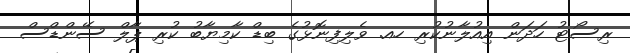
ރިސޯޓު ހަދަން އިއުލާނުކުރި ހއ. ވެލިފިނޮޅުގެ ބިޑް ކާމިޔާބު ކުރި ޕާލް ސޭންޑްސް